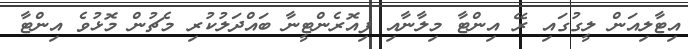
އިޓާލިއަން ލީގުގައި ރޭ އިންޓާ މިލާނާއި ފިއޮރެންޓީނާ ބައްދަލުކުރި މެޗުން މޮޅުވެ އިންޓާ